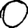
Digit: 0